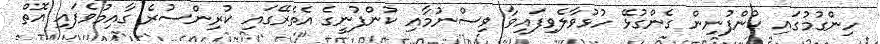
ހިންގުމުގައި ކުންފުނިން ގެންގުޅޭ ހުޅުވާލެވިފައިވާ ވިސްނުމާއި ކުންފުނީގެ އެތެރޭގައި ކުރިންސުރެ ގާއިމުވެފައި އޮތް